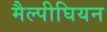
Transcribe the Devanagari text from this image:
मैल्पीघियन